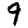
Digit: 9